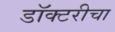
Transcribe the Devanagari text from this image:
डॉक्टरीचा